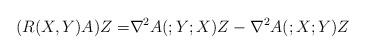
LaTeX: \begin{align*}(R(X,Y)A)Z=&\nabla^2A(;Y;X)Z-\nabla^2A(;X;Y)Z\end{align*}